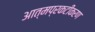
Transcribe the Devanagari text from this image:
आत्मप्रकटीकरण